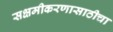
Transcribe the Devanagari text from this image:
सक्षमीकरणासाठीचा